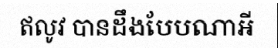
ឥលូវ បានដឹងបែបណាអី